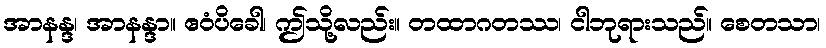
အာနန္ဒ၊ အာနန္ဒာ။ ဧဝံပိခေါ၊ ဤသို့လည်း။ တထာဂတဿ၊ ငါဘုရားသည်။ စေတသာ၊